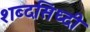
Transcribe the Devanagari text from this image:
शब्दसिध्दी